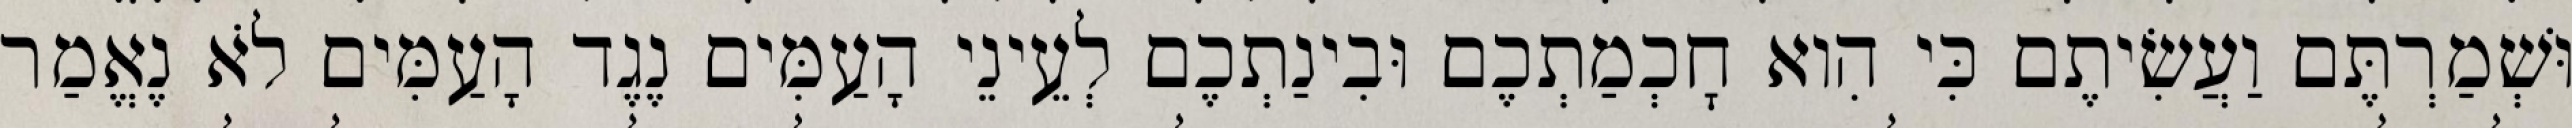
וּשְׁמַרְתֶּם וַעֲשִׂיתֶם כִּי הִוא חׇכְמַתְכֶם וּבִינַתְכֶם לְעֵינֵי הָעַמִּים נֶגֶד הָעַמִּים לֹא נֶאֱמַר